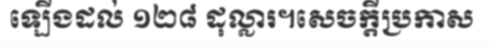
ឡើងដល់ ១២៨ ដុល្លារ។សេចក្តីប្រកាស